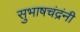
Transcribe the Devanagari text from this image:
सुभाषचंद्रंनी